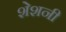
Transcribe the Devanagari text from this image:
शेशनी